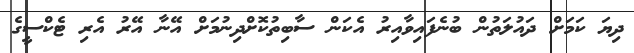
ދިޔަ ކަމަށް ދައުލަތުން ބުނެފައިވާއިރު އެކަން ސާބިތުކޮށްދިނުމަށް އޭނާ އޭރު އެރި ޓެކްސީގެ